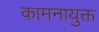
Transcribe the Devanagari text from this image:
कामनायुक्त